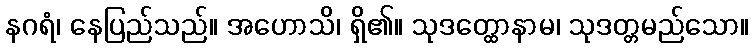
နဂရံ၊ နေပြည်သည်။ အဟောသိ၊ ရှိ၏။ သုဒတ္ထောနာမ၊ သုဒတ္တမည်သော။